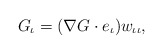
\begin{align*}G_{\iota}=(\nabla G\cdot e_{\iota})w_{\iota\iota},\end{align*}